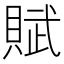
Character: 賦